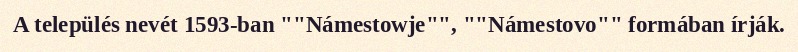
A település nevét 1593-ban ""Námestowje"", ""Námestovo"" formában írják.